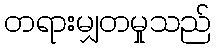
တရားမျှတမှုသည်